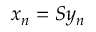
x _ { n } = S y _ { n }